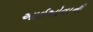
આઇઓવાની